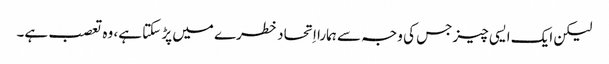
‏ لیکن ایک ایسی چیز جس کی وجہ سے ہمارا اِتحاد خطرے میں پڑ سکتا ہے،‏ وہ تعصب ہے۔